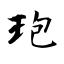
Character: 玸